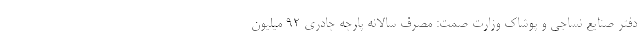
دفتر صنایع نساجی و پوشاک وزارت صمت: مصرف سالانه پارچه چادری ۹۲ میلیون